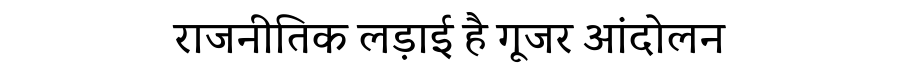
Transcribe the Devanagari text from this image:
राजनीतिक लड़ाई है गूजर आंदोलन